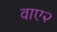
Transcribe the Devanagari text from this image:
वाए२